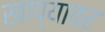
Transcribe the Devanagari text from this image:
खाप्यावर